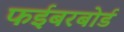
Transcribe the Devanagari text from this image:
फईबरबोर्ड